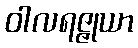
ဝါလရဇ္ဇုယာ